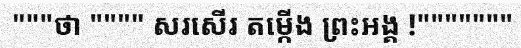
"""ថា """" សរសើរ តម្កើង ព្រះអង្គ !"""""""